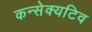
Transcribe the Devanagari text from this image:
कन्सेक्यटिव